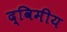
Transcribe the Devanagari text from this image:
द्विमीय